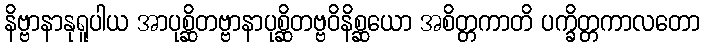
နိဗ္ဗာနာနုရူပါယ အာပုစ္ဆိတဗ္ဗာနာပုစ္ဆိတဗ္ဗဝိနိစ္ဆယော အစိတ္တကာတိ ပက္ခိတ္တကာလတော